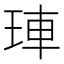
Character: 𤥭